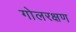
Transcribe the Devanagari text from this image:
गोलरक्षण